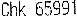
CHK 65991